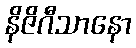
နိဇိဂီသာနော